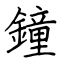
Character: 鐘